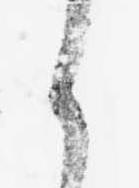
々